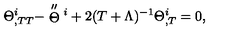
\Theta _ { , T T } ^ { i } - \stackrel { \scriptstyle \prime \prime } { \Theta } \vphantom { \Theta } ^ { i } + 2 ( T + \Lambda ) ^ { - 1 } \Theta _ { , T } ^ { i } = 0 ,